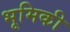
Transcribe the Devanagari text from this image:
भूमिकी